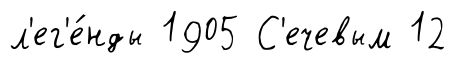
л'ег'е́нды 1905 С'ечевым 12